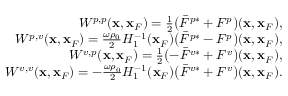
\begin{array} { r l r } & { } & { W ^ { p , p } ( { \bf x } , { \bf x } _ { F } ) = \frac { 1 } { 2 } \bigl ( \bar { F } ^ { p * } + F ^ { p } \bigr ) ( { \bf x } , { \bf x } _ { F } ) , } \\ & { } & { W ^ { p , v } ( { \bf x } , { \bf x } _ { F } ) = \frac { \omega \rho _ { 0 } } { 2 } { \cal H } _ { 1 } ^ { - 1 } ( { \bf x } _ { F } ) \bigl ( \bar { F } ^ { p * } - F ^ { p } \bigr ) ( { \bf x } , { \bf x } _ { F } ) , } \\ & { } & { W ^ { v , p } ( { \bf x } , { \bf x } _ { F } ) = \frac { 1 } { 2 } \bigl ( - \bar { F } ^ { v * } + F ^ { v } \bigr ) ( { \bf x } , { \bf x } _ { F } ) , } \\ & { } & { W ^ { v , v } ( { \bf x } , { \bf x } _ { F } ) = - \frac { \omega \rho _ { 0 } } { 2 } { \cal H } _ { 1 } ^ { - 1 } ( { \bf x } _ { F } ) \bigl ( \bar { F } ^ { v * } + F ^ { v } \bigr ) ( { \bf x } , { \bf x } _ { F } ) . } \end{array}